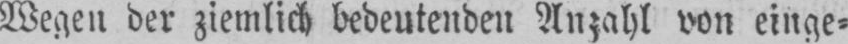
Wegen der ziemlich bedeutenden Anzahl von einge⸗